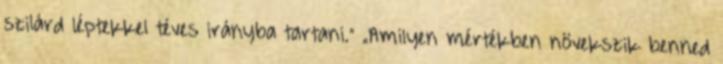
szilárd léptekkel téves irányba tartani.” „Amilyen mértékben növekszik benned